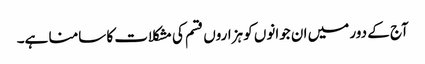
آج کے دور میں ان جوانوں کو ہزاروں قسم کی مشکلات کا سامنا ہے۔